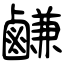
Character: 鹻